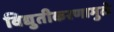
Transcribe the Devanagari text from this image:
विद्युतीकरणामुळे